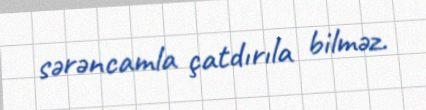
sərəncamla çatdırıla bilməz.